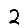
Digit: 2